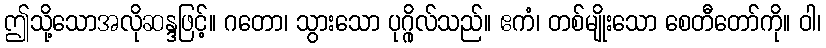
ဤသို့သောအလိုဆန္ဒဖြင့်။ ဂတော၊ သွားသော ပုဂ္ဂိုလ်သည်။ ဧကံ၊ တစ်မျိုးသော စေတီတော်ကို။ ဝါ၊